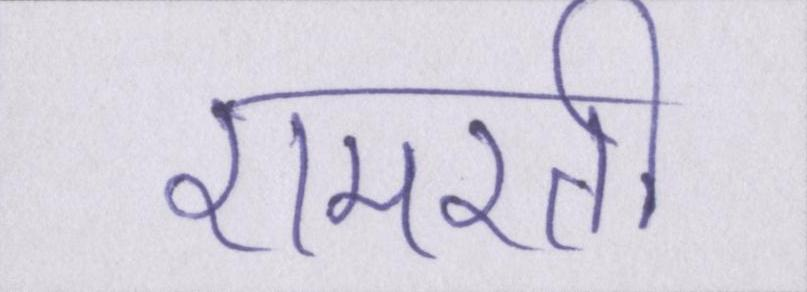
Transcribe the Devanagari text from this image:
रामरती